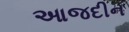
આજદીન